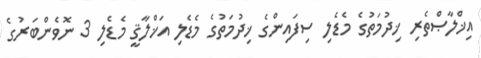
އިޚްލާޞްތެރި ޚިދުމަތުގެ މެޑެލި ސިފައިންގެ ޚިދުމަތުގެ މެޑެލި އަޚްލާޤީ މެޑެލި 3 ނޮވެންބަރުގެ